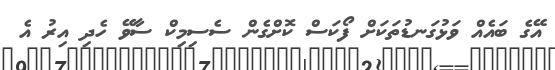
އޭގެ ބައެއް ވަޅުގަނޑުތަކަށް ފޯކަސް ކޮށްގެން ސެސިމިކް ސާވޭ ހެދި އިރު އެ